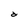
Character: d